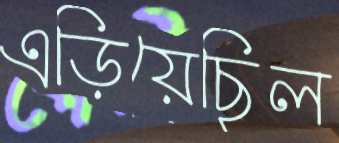
এড়িয়েছিল